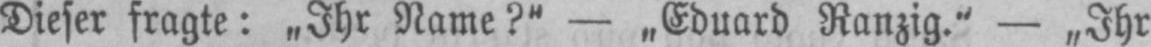
Dieser fragte: „Ihr Name?“ - „Eduard Ranzig.“ - „Ihr